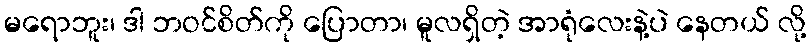
မရောဘူး၊ ဒါ ဘဝင်စိတ်ကို ပြောတာ၊ မူလရှိတဲ့ အာရုံလေးနဲ့ပဲ နေတယ် လို့